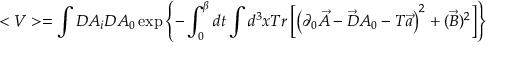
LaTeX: < V > = \int D A _ { i } D A _ { 0 } \exp \left\{ - \int _ { 0 } ^ { \beta } d t \int d ^ { 3 } x T r \left[ \left( \partial _ { 0 } \vec { A } - \vec { D } A _ { 0 } - T \vec { a } \right) ^ { 2 } + ( \vec { B } ) ^ { 2 } \right] \right\}